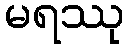
မရဿု